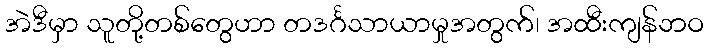
အဲဒီမှာ သူတို့တစ်တွေဟာ တဒင်္ဂသာယာမှုအတွက်၊ အထီးကျန်ဘဝ